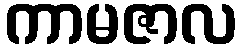
ကာမဇာလ